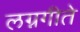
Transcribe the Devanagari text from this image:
लग्नगीते